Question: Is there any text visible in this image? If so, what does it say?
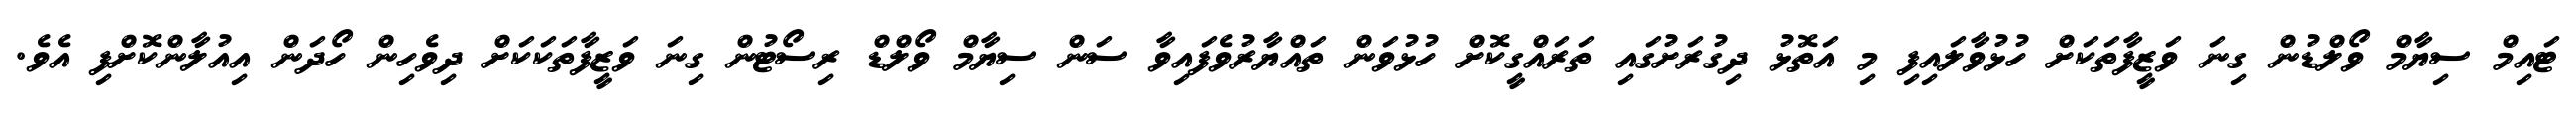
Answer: ޓައިމް ސިޔާމް ވޯލްޑުން ގިނަ ވަޒީފާތަކަށް ހުޅުވާލައިފި މި އަތޮޅު ދިގުރަށުގައި ތަރައްގީކޮށް ހުޅުވަން ތައްޔާރުވެފައިވާ ސަން ސިޔާމް ވޯލްޑް ރިސޯޓުން ގިނަ ވަޒީފާތަކަކަށް ދިވެހިން ހޯދަން އިއުލާންކޮށްފި އެވެ.